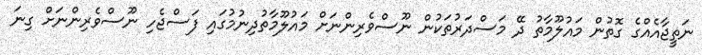
ނަތީޖާއެއްގެ ގޮތުން މައުލޫމާތު ދޭ މަސްދަރުތަކުން ނޫސްވެރިންނަށް މައުލޫމާތުދިނުމުގައި ފަސްޖެހި ނޫސްވެރިންނަށް ގިނަ